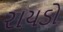
રાયડો